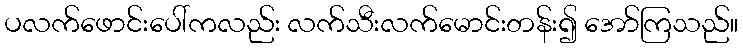
ပလက်ဖောင်းပေါ်ကလည်း လက်သီးလက်မောင်းတန်း၍ အော်ကြသည်။